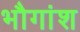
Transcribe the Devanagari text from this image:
भौगांश